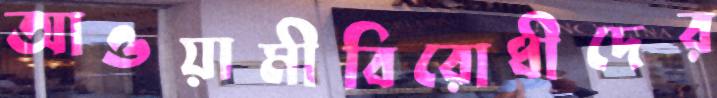
আওয়ামীবিরোধীদের